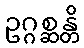
ဥဂ္ဂစ္ဆန္တိ